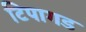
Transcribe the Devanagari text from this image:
टिपागड